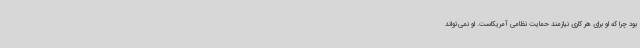
بود چرا که او برای هر کاری نیازمند حمایت نظامی آمریکاست. او نمی‌تواند